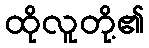
ထိုလူတို့၏